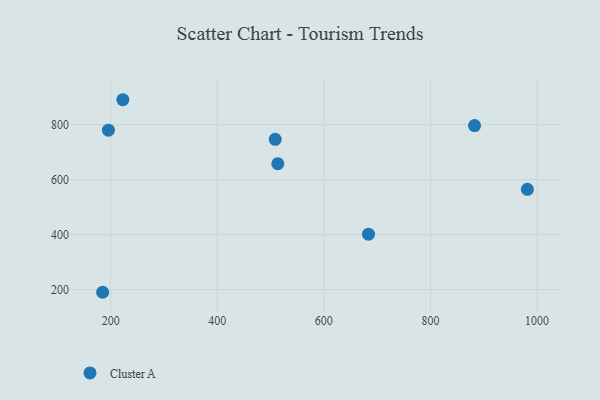
{"axis": {"x": "Investment", "y": "Demand"}, "legend": ["Cluster A"], "data": [{"x": "184.9", "y": 190.5, "type": "Cluster A"}, {"x": "882.7", "y": 796.7, "type": "Cluster A"}, {"x": "981.8", "y": 564.8, "type": "Cluster A"}, {"x": "222.8", "y": 890.6, "type": "Cluster A"}, {"x": "513.6", "y": 658.2, "type": "Cluster A"}, {"x": "683.7", "y": 401.8, "type": "Cluster A"}, {"x": "195.8", "y": 779.9, "type": "Cluster A"}, {"x": "508.7", "y": 746.5, "type": "Cluster A"}]}